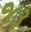
જરૂ